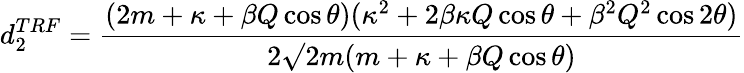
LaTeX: d_{2}^{TRF}=\frac{(2m+\kappa+\beta Q\cos\theta)(\kappa^{2}+2\beta\kappa Q\cos\theta+\beta^{2}Q^{2}\cos 2\theta)}{2\surd 2m(m+\kappa+\beta Q\cos\theta)}